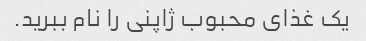
یک غذای محبوب ژاپنی را نام ببرید.